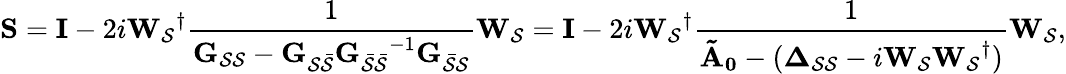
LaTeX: \mathbf{S}=\mathbf{I}-2i\mathbf{W_{\mathcal{S}}}^{\dagger}\frac{1}{\mathbf{G_{\mathcal{S}\mathcal{S}}}-\mathbf{G_{\mathcal{S}\mathcal{\bar{S}}}}\mathbf{G_{\mathcal{\bar{S}}\mathcal{\bar{S}}}}^{-1}\mathbf{G_{\mathcal{\bar{S}}\mathcal{{S}}}}}\mathbf{W_{\mathcal{S}}}=\mathbf{I}-2i\mathbf{W_{\mathcal{S}}}^{\dagger}\frac{1}{\mathbf{\tilde{A}_{0}}-(\mathbf{\Delta_{\mathcal{S}\mathcal{S}}}-i\mathbf{W_{\mathcal{S}}}\mathbf{W_{\mathcal{S}}}^{\dagger})}\mathbf{W_{\mathcal{S}}},